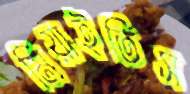
মিয়াইতিস